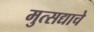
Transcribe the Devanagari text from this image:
मुत्सद्याचे